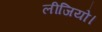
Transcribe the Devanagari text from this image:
लीजियो।